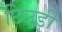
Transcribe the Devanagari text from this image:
छिउडी